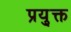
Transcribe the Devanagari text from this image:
प्रयु्क्त